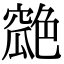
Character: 𦫪